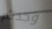
وجدتم